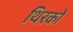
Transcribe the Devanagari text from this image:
थिरको